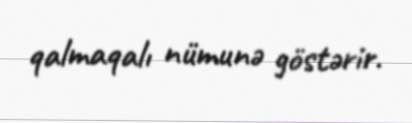
qalmaqalı nümunə göstərir.